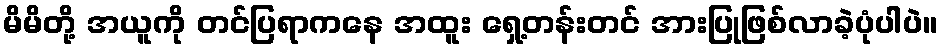
မိမိတို့ အယူကို တင်ပြရာကနေ အထူး ရှေ့တန်းတင် အားပြုဖြစ်လာခဲ့ပုံပါပဲ။